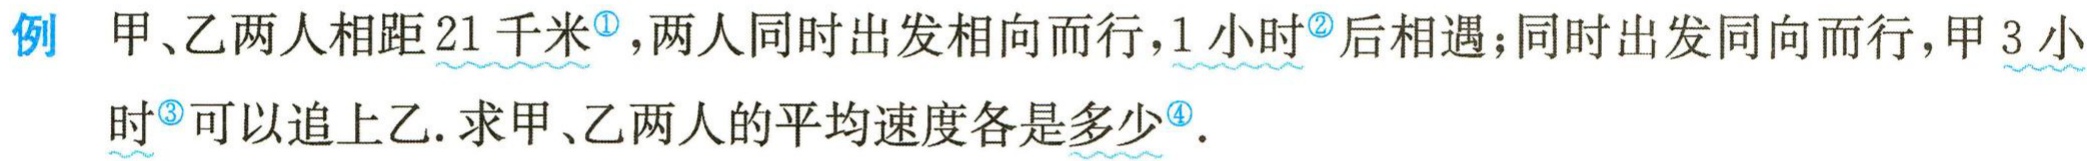
例 甲、乙两人相距$21$千米<sup>\textcircled{1}</sup>，两人同时出发相向而行，$1$小时<sup>\textcircled{2}</sup>后相遇；同时出发同向而行，甲$3$小

时<sup>\textcircled{3}</sup>可以追上乙. 求甲、乙两人的平均速度各是多少<sup>\textcircled{4}</sup>.